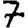
Digit: 7